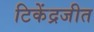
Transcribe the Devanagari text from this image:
टिकेंद्रजीत